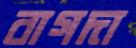
বাগদা